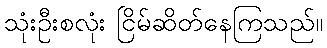
သုံးဦးစလုံး ငြိမ်ဆိတ်နေကြသည်။